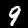
Digit: 9